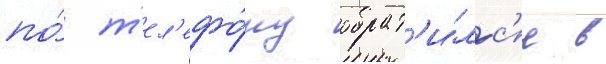
по́ т'ел'ефо́ну обрат'и́лс'я в